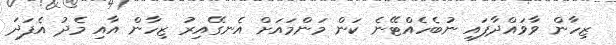
ޒިހާން ވާވައްދާފައި ނުބެހެއްޓޭނެ ކަން މަންމައަށް އެނގޭއިރު ޒިހާން އާއި މެދު އެފަދަ